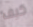
كيف